Annual report of the Punjab Veterinary College and of the Civil Veterinary Department, Punjab - 1926-1932
Year: 1926
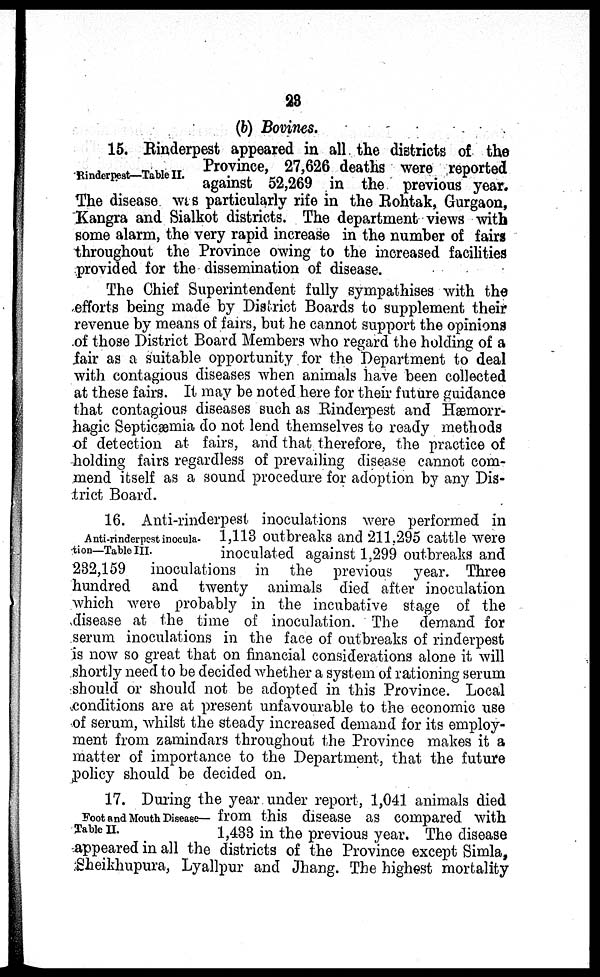
23
(b) Bovinies.
Rinderpest—Table II.
15. Rinderpest appeared in all the districts of the
Province, 27,626 deaths were reported
against 52,269 in the previous year.
The disease was particularly rife in the Rohtak, Gurgaon,
Kangra and Sialkot districts. The department views with
some alarm, the very rapid increase in the number of fairs
throughout the Province owing to the increased facilities
provided for the dissemination of disease.
The Chief Superintendent fully sympathises with the
efforts being made by District Boards to supplement their
revenue by means of fairs, but he cannot support the opinions
of those District Board Members who regard the holding of a
fair as a suitable opportunity for the Department to deal
with contagious diseases when animals have been collected
at these fairs. It may be noted here for their future guidance
that contagious diseases such as Rinderpest and Hæmorr-
hagic Septicæmia do not lend themselves to ready methods
of detection at fairs, and that therefore, the practice of
holding fairs regardless of prevailing disease cannot com-
mend itself as a sound procedure for adoption by any Dis-
trict Board.
Anti-rinderpest inocula-
tion—Table III.
16. Anti-rinderpest inoculations were performed in
1,113 outbreaks and 211,295 cattle were
inoculated against 1,299 outbreaks and
232,159
inoculations in the previous year. Three
hundred and twenty animals died after inoculation
which were probably in the incubative stage of the
disease at the time of inoculation. The demand for
serum inoculations in the face of outbreaks of rinderpest
is now so great that on financial considerations alone it will
shortly need to be decided whether a system of rationing serum
should or should not be adopted in this Province. Local
conditions are at present unfavourable to the economic use
of serum, whilst the steady increased demand for its employ-
ment from zamindars throughout the Province makes it a
matter of importance to the Department, that the future
policy should be decided on.
Foot and Mouth Disease—
Table II.
17. During the year under report, 1,041 animals died
from this disease as compared with
1,433 in the previous year. The disease
appeared in all the districts of the Province except Simla,
Sheikhupura, Lyallpur and Jhang. The highest mortality